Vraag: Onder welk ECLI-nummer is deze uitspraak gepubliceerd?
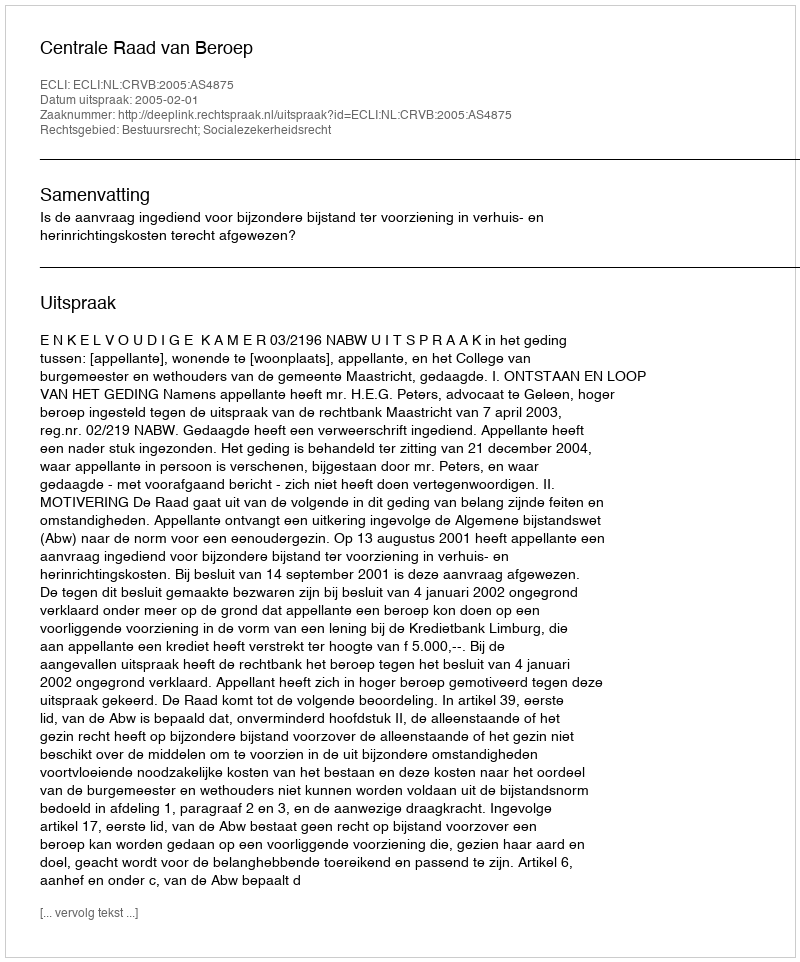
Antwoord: ECLI:NL:CRVB:2005:AS4875